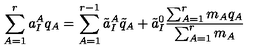
\sum _ { A = 1 } ^ { r } a _ { I } ^ { A } q _ { A } = \sum _ { A = 1 } ^ { r - 1 } \tilde { a } _ { I } ^ { A } \tilde { q } _ { A } + \tilde { a } _ { I } ^ { 0 } \frac { \sum _ { A = 1 } ^ { r } m _ { A } q _ { A } } { \sum _ { A = 1 } ^ { r } m _ { A } }